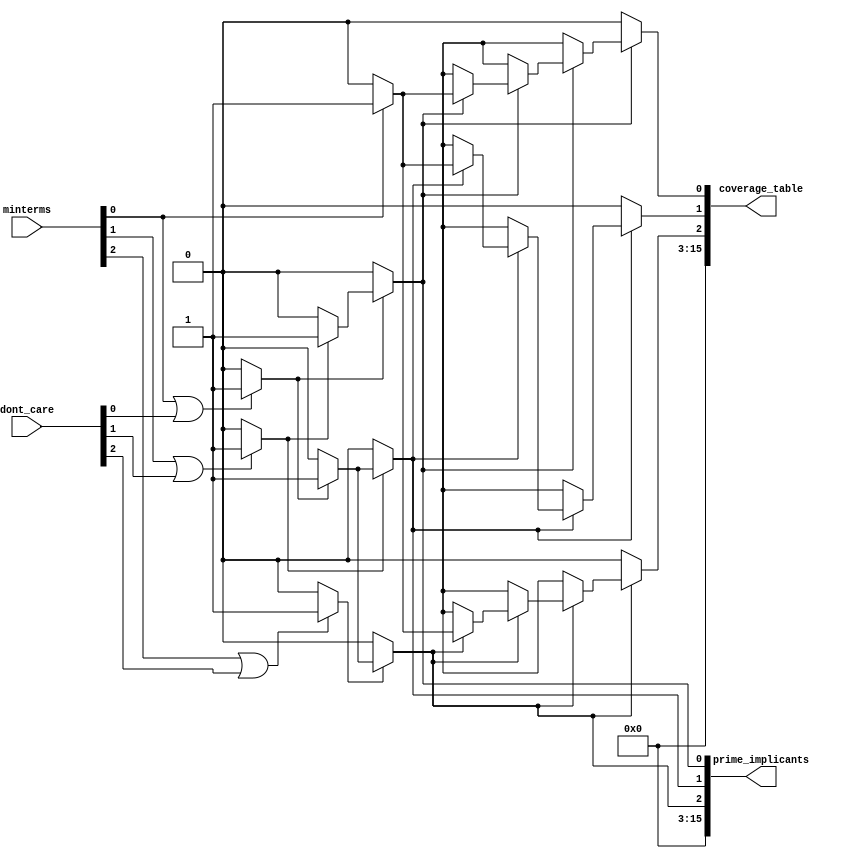
module prime_implicant (
    input [3:0] minterms, // Input minterms (4-bit for 0-15)
    input [3:0] dont_care, // Don't care conditions (4-bit)
    output reg [15:0] prime_implicants, // Output prime implicants
    output reg [15:0] coverage_table // Coverage table for minterms
);

// Internal variables
reg [15:0] implicants;
integer i, j;

always @(*) begin
    // Step 1: Minterm Identification
    implicants = 0;
    for (i = 0; i < 16; i = i + 1) begin
        if (minterms[i] || dont_care[i]) begin
            implicants[i] = 1; // Identify minterms and don't cares
        end
    end

    // Step 2: Implicant Generation (simplified)
    prime_implicants = 0;
    for (i = 0; i < 16; i = i + 1) begin
        if (implicants[i]) begin // If it's a minterm or don't care
            // Generate implicants (this is a simple example, real logic would be more complex)
            for (j = 0; j < 16; j = j + 1) begin
                if (implicants[j] && (i != j)) begin
                    // Check if they can be combined (example: differing by one bit)
                    if ((i ^ j) == (1 << $clog2(i))) begin // Check for one-bit difference
                        prime_implicants[i] = 1; // Mark as prime implicant
                    end
                end
            end
        end
    end

    // Step 3: Coverage Analysis
    coverage_table = 0;
    for (i = 0; i < 16; i = i + 1) begin
        if (prime_implicants[i]) begin
            for (j = 0; j < 16; j = j + 1) begin
                if (minterms[j]) begin
                    // Mark coverage in the coverage table
                    coverage_table[i] = coverage_table[i] | (1 << j);
                end
            end
        end
    end
end

endmodule